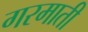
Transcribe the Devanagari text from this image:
गरमाती